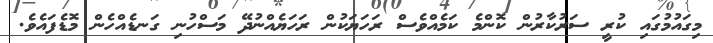
މިގައުމުގައި ކުރީ ސަރުކާރުން ކޮންމެ ކަމެއްވެސް ރަހަޔަކުން ރަހަޔެއްނުދޭ މަސްހުނި ގަނޑެއްހެން މޮޑެފައެވެ.